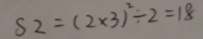
S 2 = ( 2 \times 3 ) ^ { 2 } \div 2 = 1 8